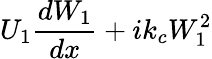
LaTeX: U_{1}\frac{dW_{1}}{dx}+ik_{c}W_{1}^{2}